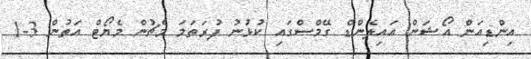
އިންޑިއަން އޯޝަން އައިލެންޑް ގޭމްސްގައި ކުޅުނު ފުރަތަމަ މެޗުން މެޔޯޓް އަތުން 3-1